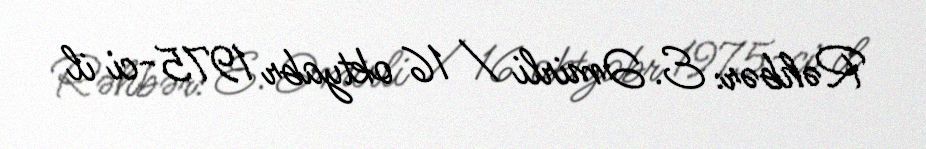
Rəhbər: E. Əmirli / 16 oktyabr 1975-ci il